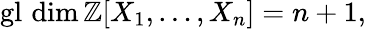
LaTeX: \operatorname{gl}\, \dim\mathbb{Z}[X_{1},\ldots,X_{n}]=n+1,